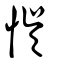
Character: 悞